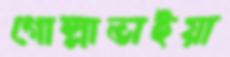
গোল্লাভাইয়া